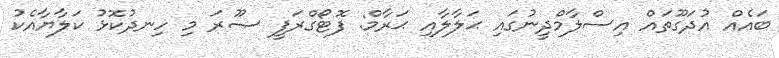
ބައެއް އުދަގޫތައް އިސްލާމްދީނުގައި ޙަލާލާއި ޙަރާމް: ފޮޓޯގްރަފީ ޞޫރަ މި ހިނދުކޮޅު ކަލާޔާއެކު